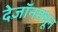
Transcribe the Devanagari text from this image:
देजॉनमधून